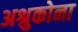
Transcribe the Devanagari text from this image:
अश्रुकोना